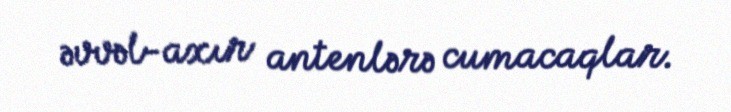
əvvəl-axır antenlərə cumacaqlar.